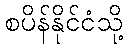
စပိန်နိုင်ငံသို့